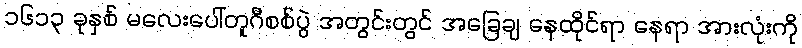
၁၆၁၃ ခုနှစ် မလေးပေါ်တူဂီစစ်ပွဲ အတွင်းတွင် အခြေချ နေထိုင်ရာ နေရာ အားလုံးကို